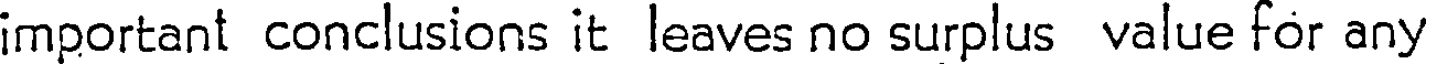
important conclusions it leaves no surplus value for any